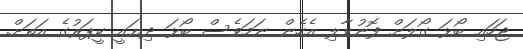
ޖަހައި ބޯޅަ ގޯލަށް ފޮނުވާލި އެހެން ނަމަވެސް ބޯޅަ ދިޔައީ ކީޕަރުގެ އަތަށް.